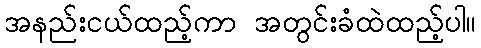
အနည်းငယ်ထည့်ကာ အတွင်းခံထဲထည့်ပါ။